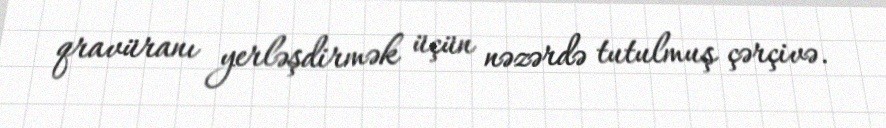
qravüranı yerləşdirmək üçün nəzərdə tutulmuş çərçivə.